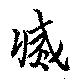
滅